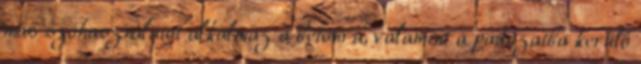
más szóhasználatot alkalmaz a betonra, valamint a padozatba kerülő